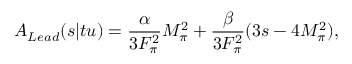
A _ { L e a d } ( s | t u ) = \frac { \alpha } { 3 F _ { \pi } ^ { 2 } } M _ { \pi } ^ { 2 } + \frac { \beta } { 3 F _ { \pi } ^ { 2 } } ( 3 s - 4 M _ { \pi } ^ { 2 } ) ,